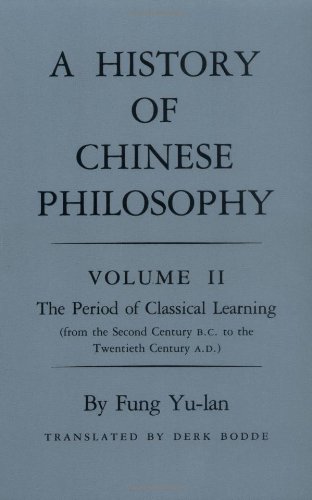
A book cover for A History of Chinese Philosophy, Vol. 2: The Period of Classical Learning (From the Second Century B.C. to the Twentieth Century A.D.); Yu-lan Fung; Religion & Spirituality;